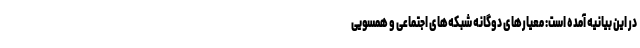
در این بیانیه آمده است: معیارهای دوگانه شبکه‌های اجتماعی و همسویی